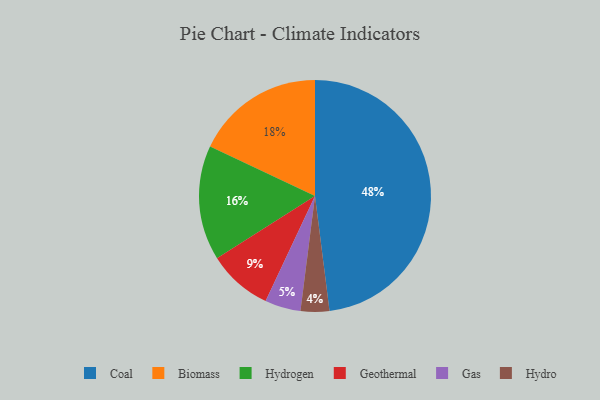
{"axis": {"x": "Category", "y": "Percentage"}, "legend": ["Biomass", "Coal", "Gas", "Geothermal", "Hydro", "Hydrogen"], "data": [{"x": "Geothermal", "y": 9, "type": "Geothermal"}, {"x": "Hydro", "y": 4, "type": "Hydro"}, {"x": "Biomass", "y": 18, "type": "Biomass"}, {"x": "Gas", "y": 5, "type": "Gas"}, {"x": "Hydrogen", "y": 16, "type": "Hydrogen"}, {"x": "Coal", "y": 48, "type": "Coal"}]}